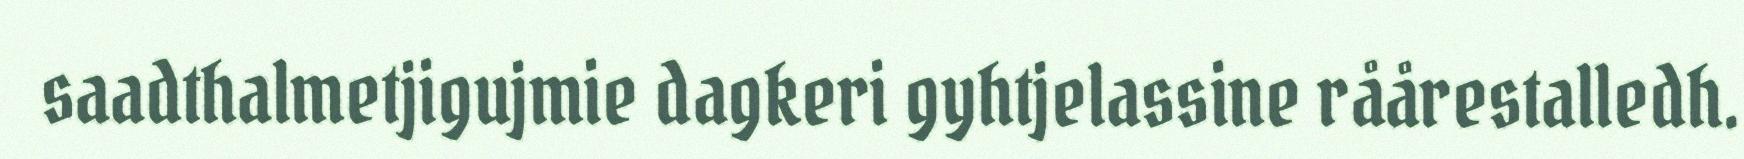
saadthalmetjigujmie dagkeri gyhtjelassine råårestalledh.